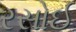
રસોઈ